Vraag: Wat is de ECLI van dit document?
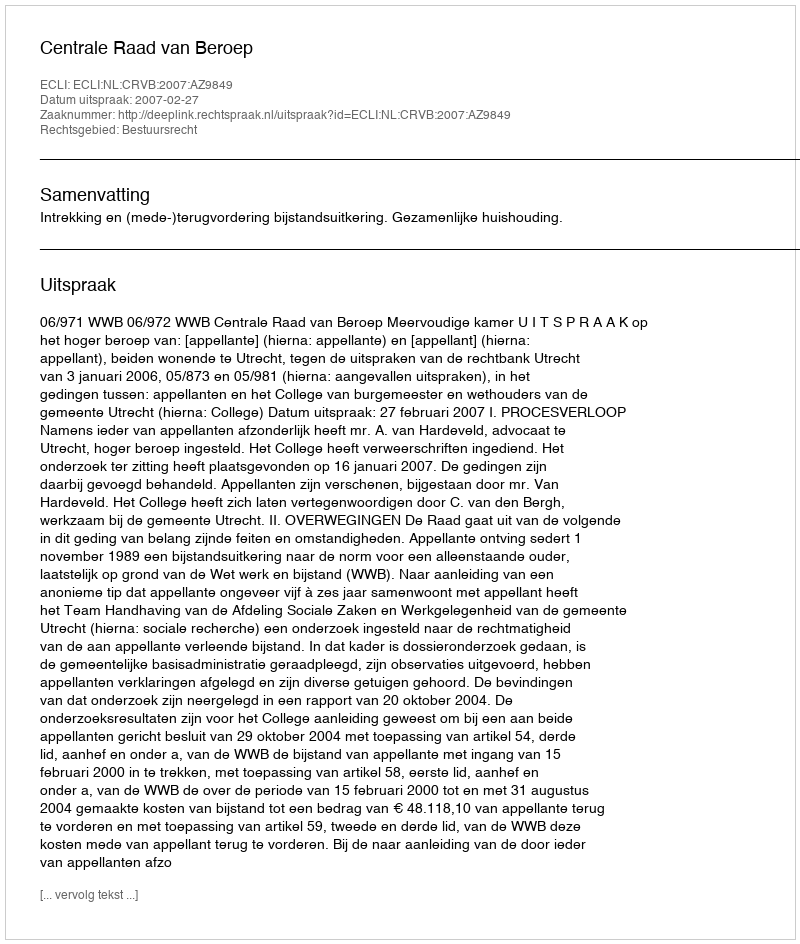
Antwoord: ECLI:NL:CRVB:2007:AZ9849